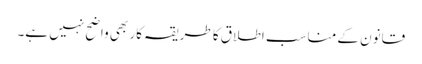
قانون کے مناسب اطلاق کا طریقہ کار بھی واضح نہیں ہے۔